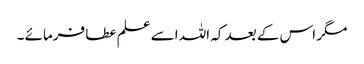
مگر اس کے بعد کہ اللہ اسے علم عطا فرمائے ۔